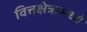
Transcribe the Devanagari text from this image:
वित्तक्षेत्रामध्ये